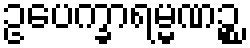
ဥပေက္ခာရမ္မဏဉ္စ